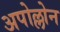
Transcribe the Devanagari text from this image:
अपोल्लोन